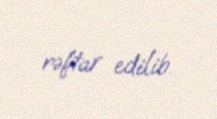
rəftar edilib.